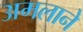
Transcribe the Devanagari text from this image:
अमलाने